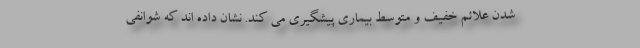
شدن علائم خفیف و متوسط بیماری پیشگیری می کند. نشان داده اند که شوانفی